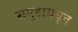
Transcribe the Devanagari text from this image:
समूहामधून